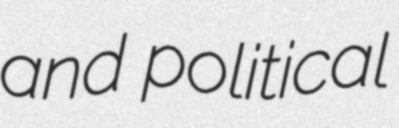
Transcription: and political